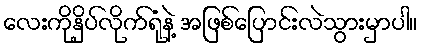
လေးကိုနှိပ်လိုက်ရုံနဲ့ အဖြစ်ပြောင်းလဲသွားမှာပါ။